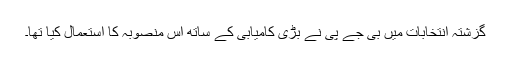
گزشتہ انتخابات میں بی جے پی نے بڑی کامیابی کے ساتھ اس منصوبہ کا استعمال کیا تھا۔